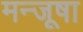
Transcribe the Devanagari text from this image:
मन्जूषा